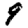
Digit: 9